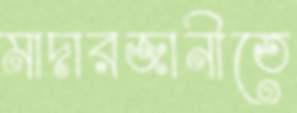
মাদারজানীতে